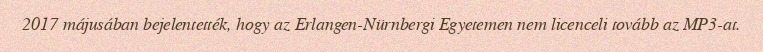
2017 májusában bejelentették, hogy az Erlangen-Nürnbergi Egyetemen nem licenceli tovább az MP3-at.